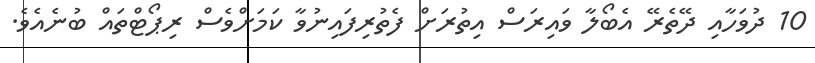
10 ދުވަހާއި ދޭތެރޭ އެބޯލާ ވައިރަސް އިތުރަށް ފެތުރިފައިނުވާ ކަމަށްވެސް ރިޕޯޓްތައް ބުނެއެވެ.